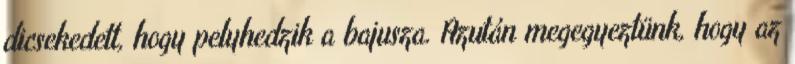
dicsekedett, hogy pelyhedzik a bajusza. Azután megegyeztünk, hogy az